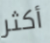
أكثر